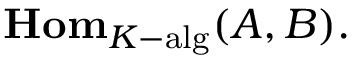
\mathbf { H o m } _ { K { \mathrm { - a l g } } } ( A , B ) .